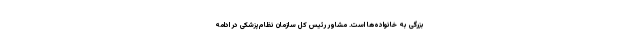
بزرگی به خانواده‌ها است. مشاور رئیس کل سازمان نظام‌پزشکی در ادامه